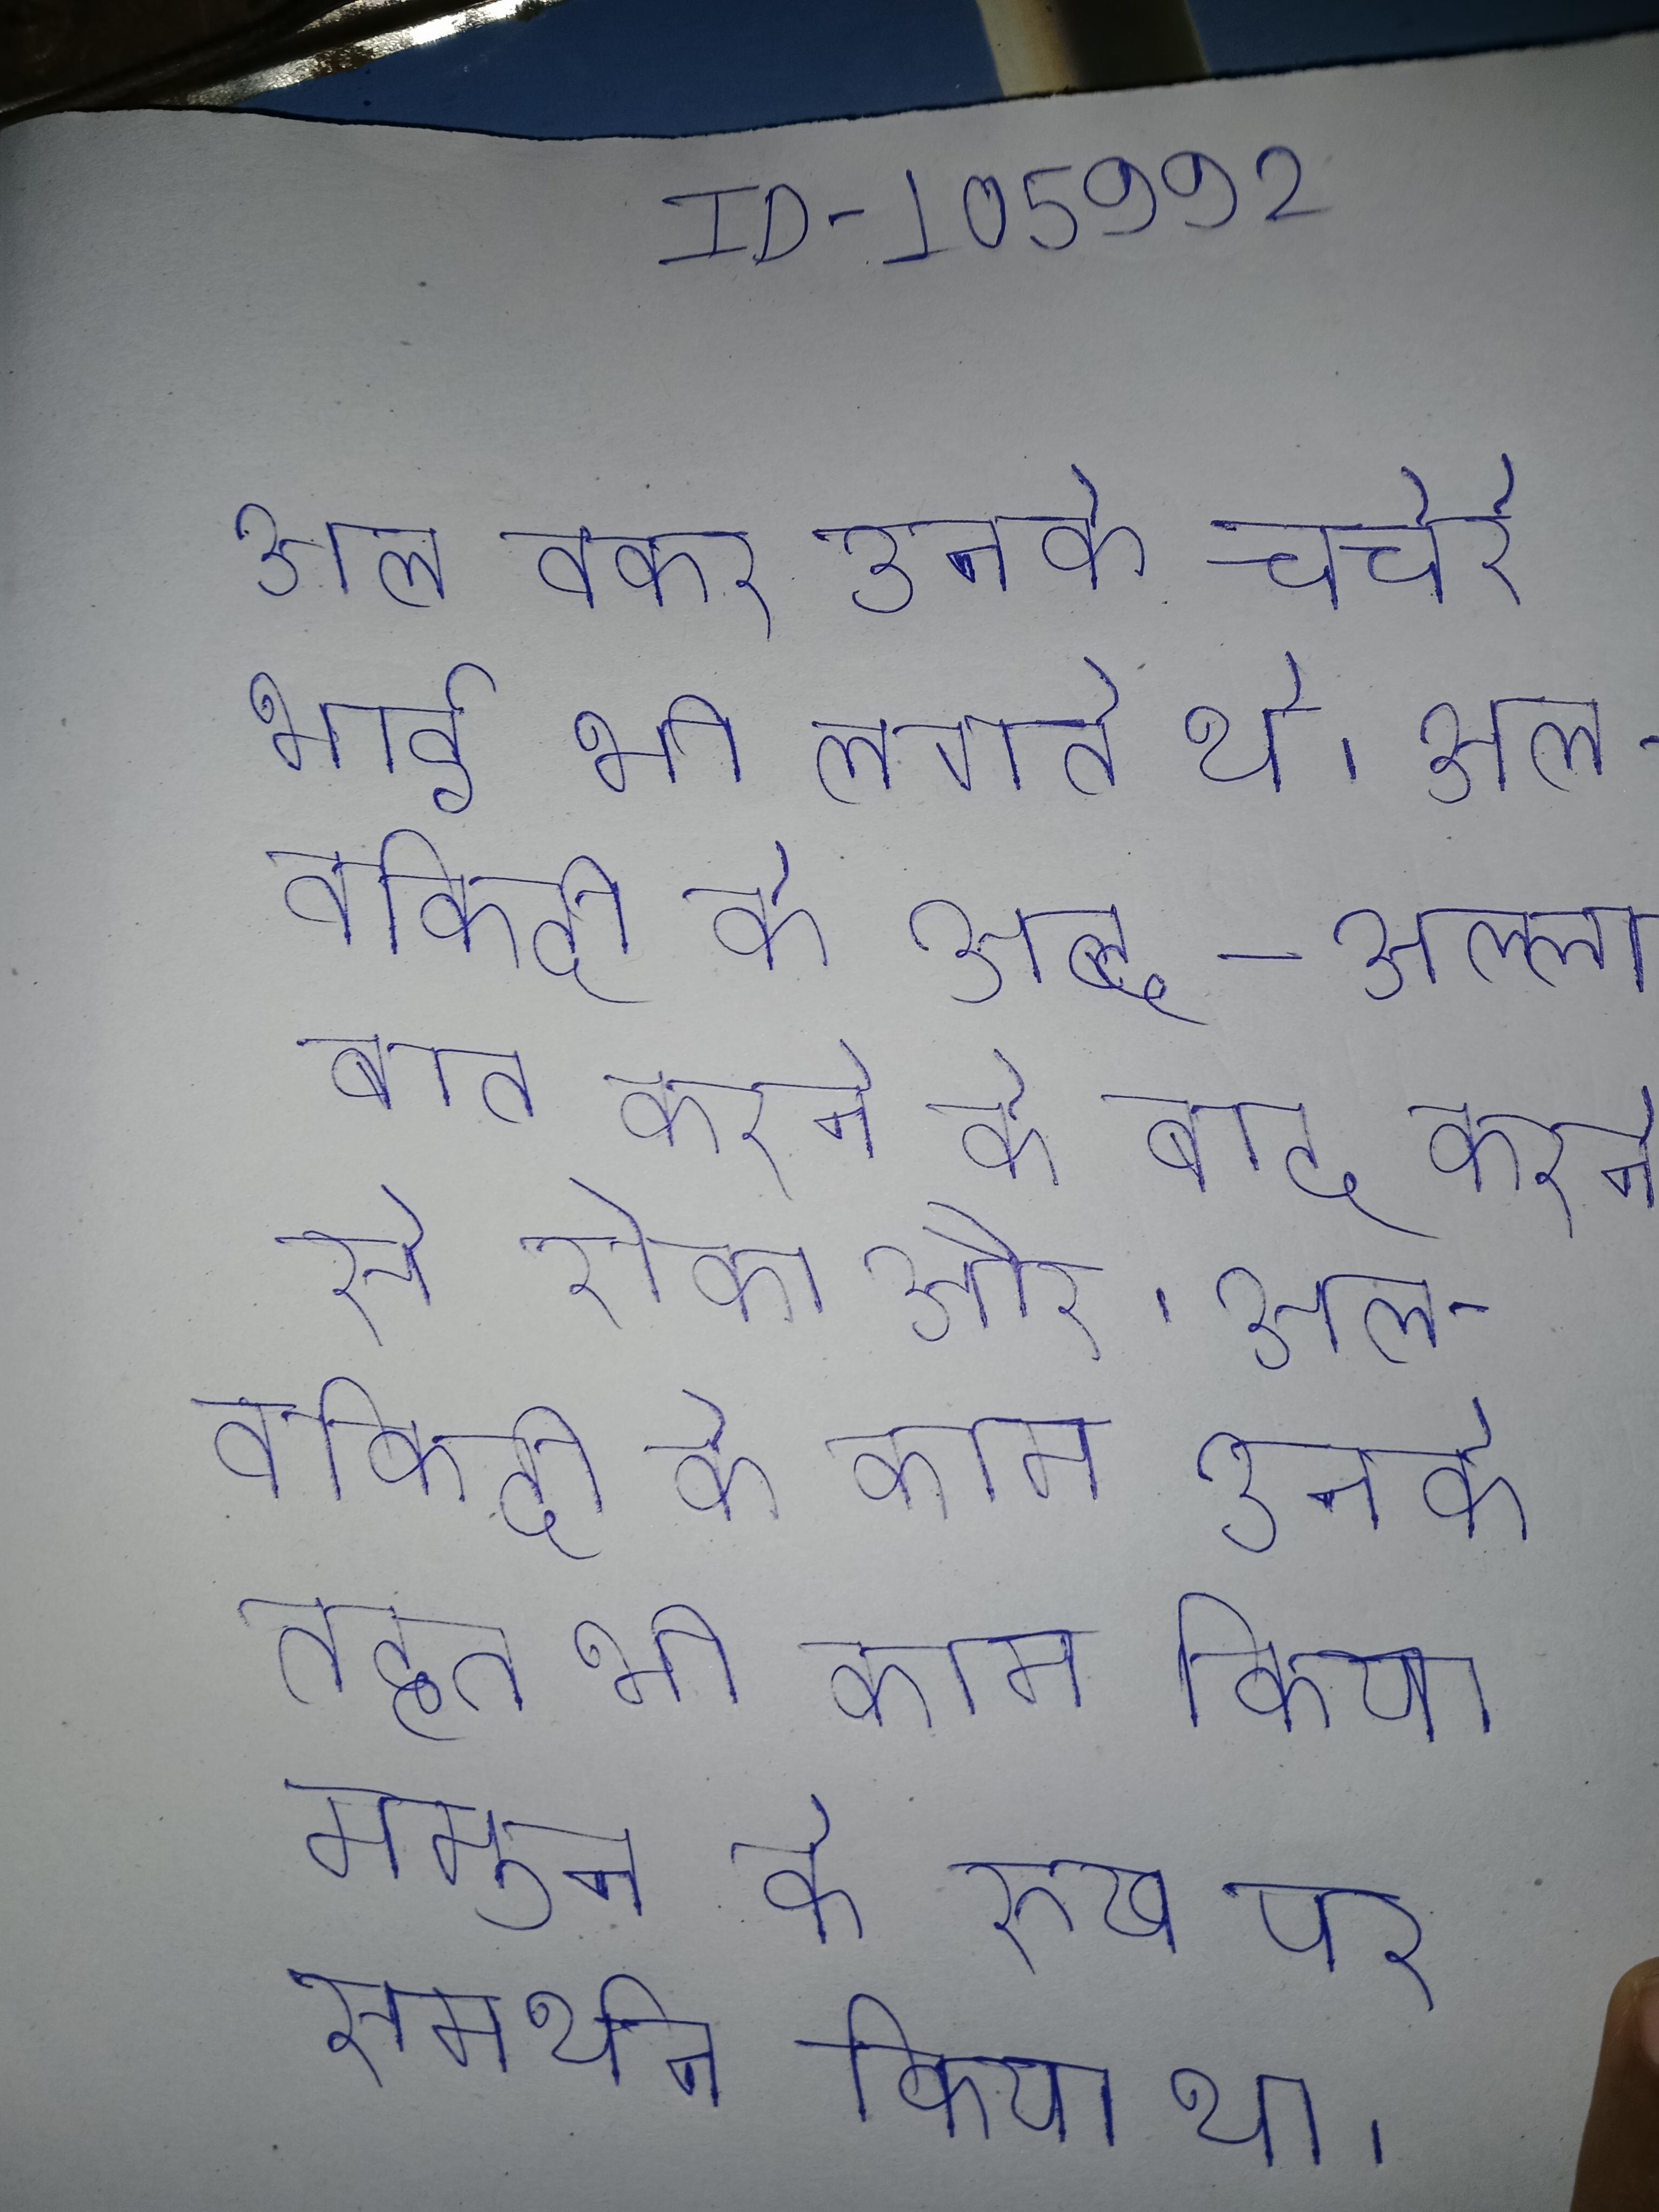
अल वकर उनके चचेरे भाई भी लगते थे । अल- वकिदी के अनुसार, अब्द-अल्लाह इब्न उबाई ने उनके लिए बात करने के बाद, मुहम्मद ने निष्पादित करने से रोका और आदेश दिया कि मदीना से निर्वासित किया जाए । अल-वकिदी के काम उनके लेखक और छात्र इब्न साद के माध्यम से जाने जाते अल-ममुन के तहत भी काम किया और कुरान के मुताजिला का समर्थक था और खलीफा अल-ममुन के रुख पर समर्थन किया था ।